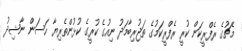
މެޗުގެ ރެފްރީކަން ކުރީ ރެފްރީކަމުގެ ތަޖުރިބާމަދު ނިއުގެ ކުރީގެ ކުޅުންތެރިޔާ ހަސަން ނާޝިދު